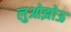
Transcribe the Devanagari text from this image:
लुओझोऊ